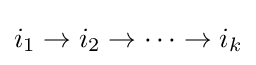
i_{1}\rightarrow i_{2}\rightarrow \cdots \rightarrow i_{k}